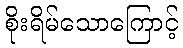
စိုးရိမ်သောကြောင့်